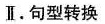
Ⅱ.句型转换